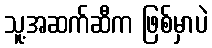
သူ့အဆက်ဆီက ဖြစ်မှာပဲ